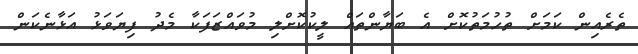
ތެރެއިން ކަމަށް ތުހުމަތުކޮށް އެ ބަޔާންތައް ލީކުކޮށްލި މުވައްޒަފަކާ މެދު ފިޔަވަޅު އަޅާނެކަން